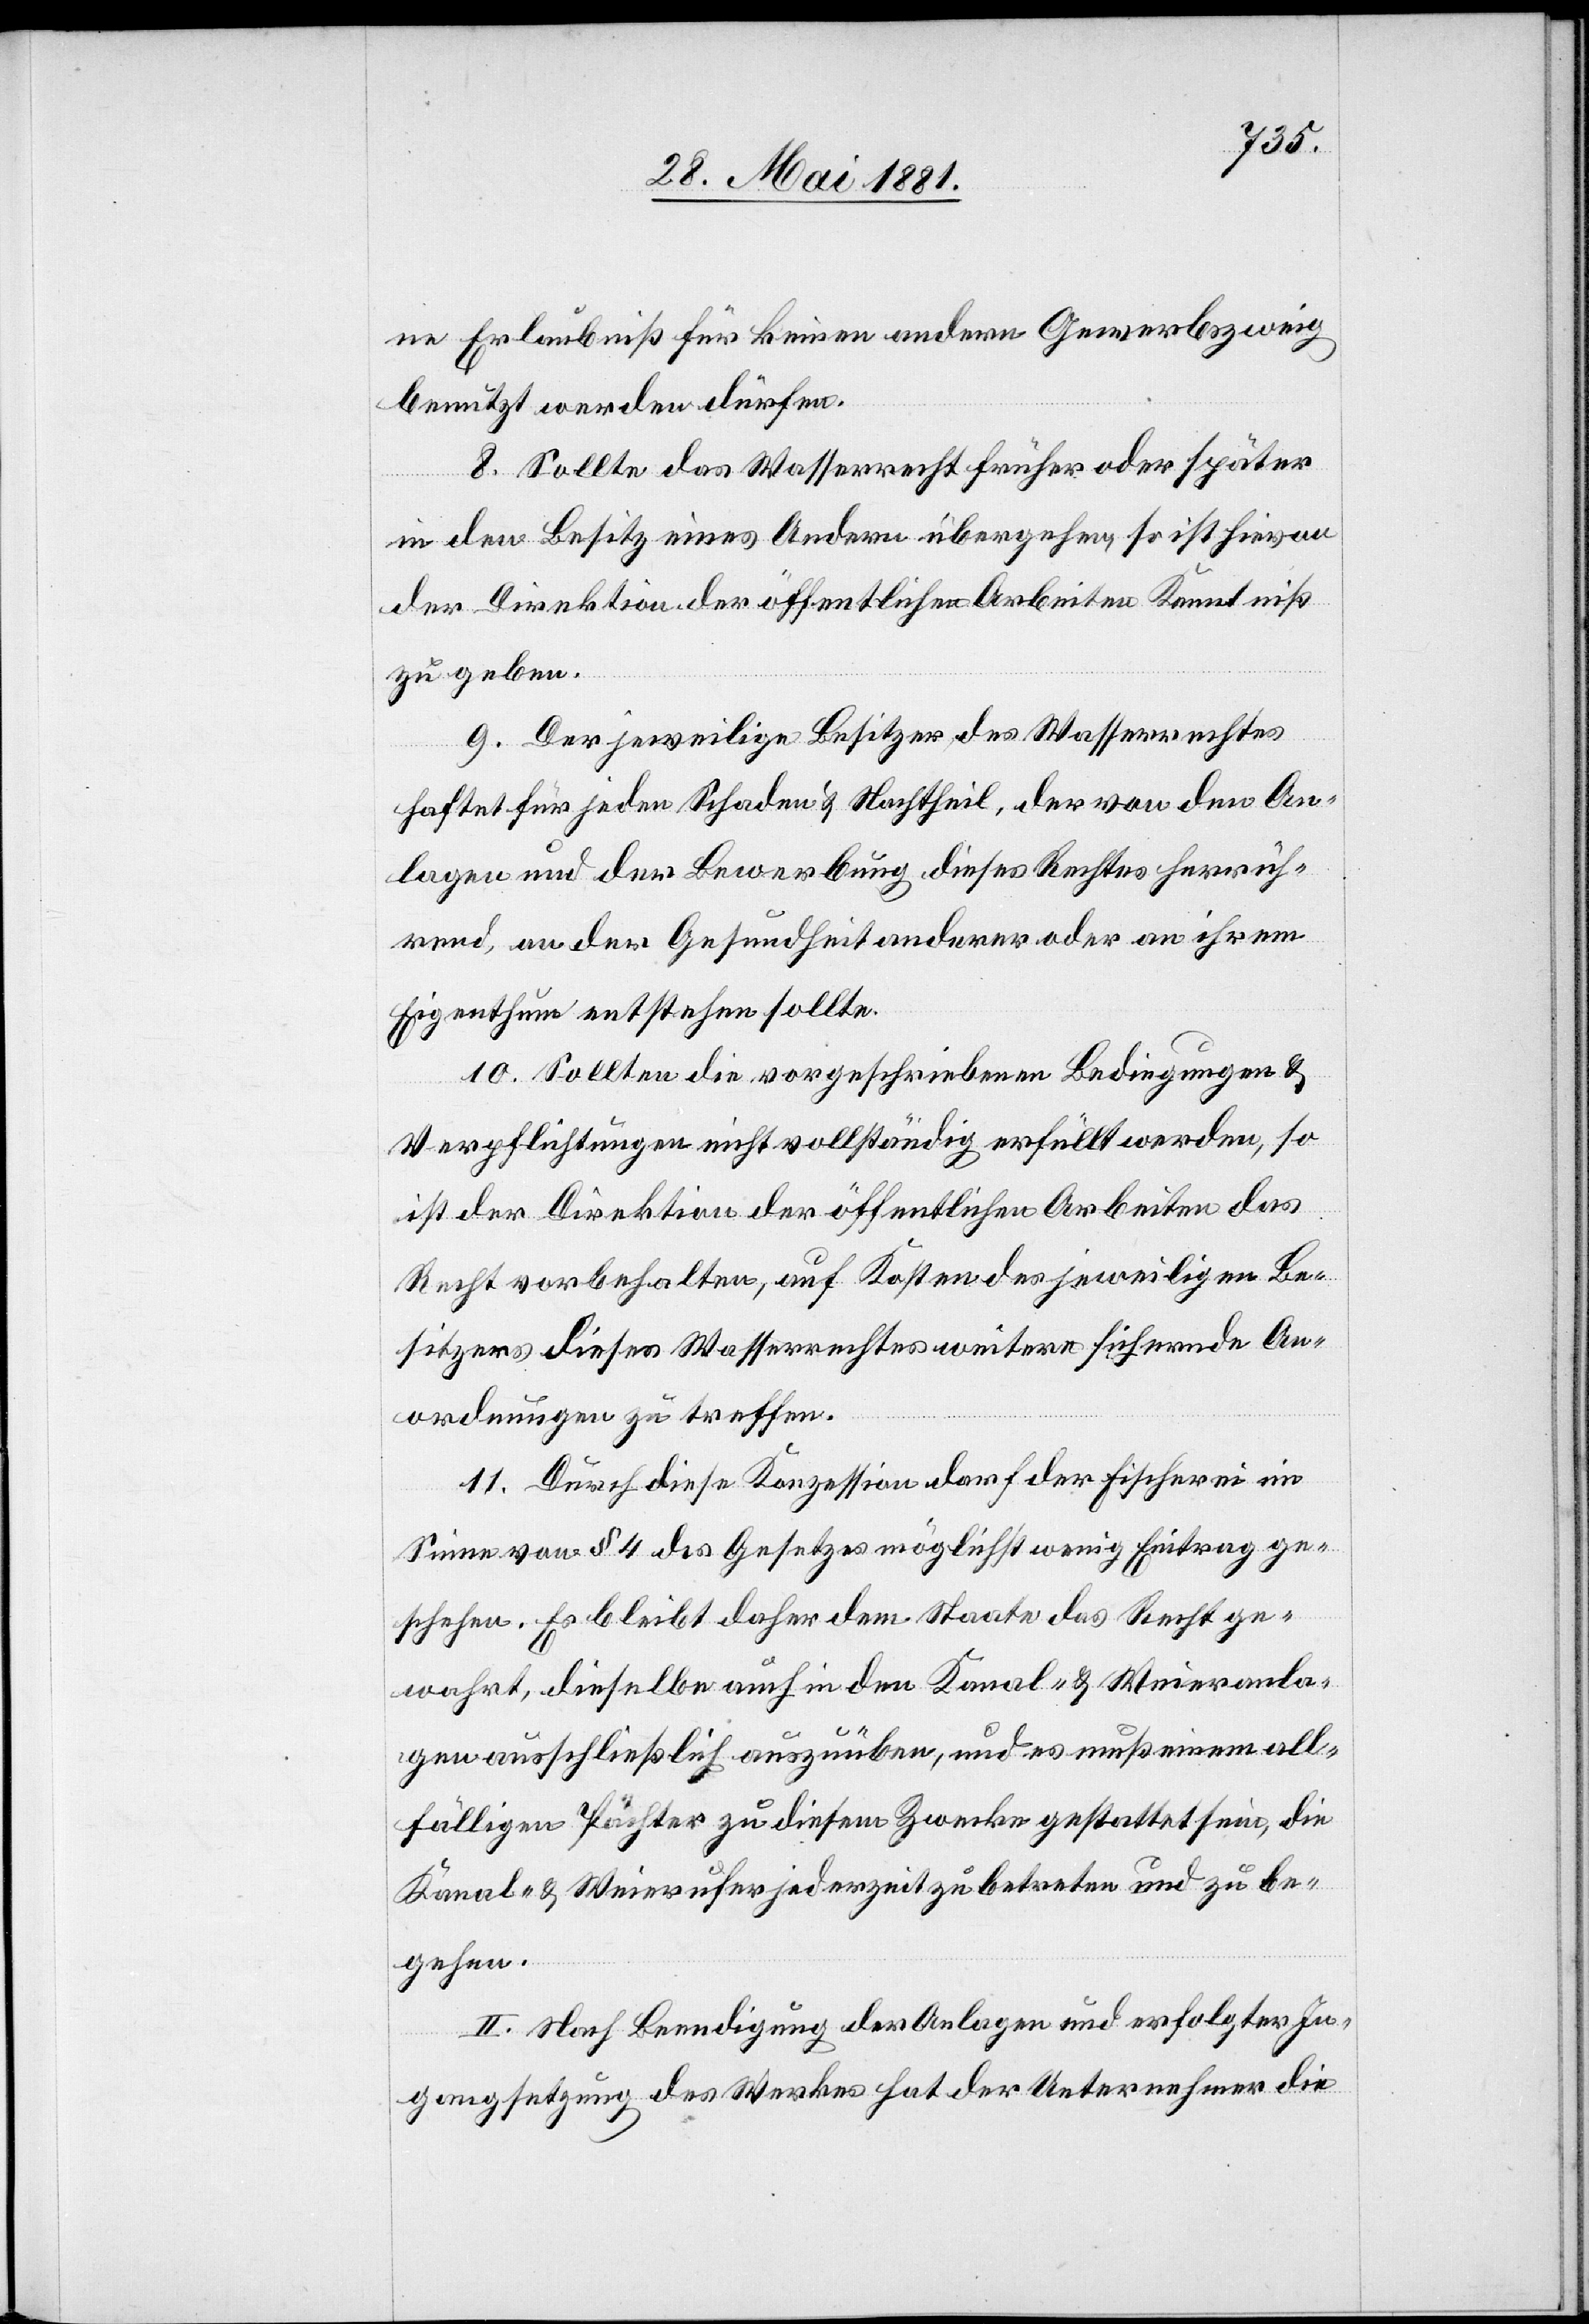
ne Erlaubniß für keinen andern Gewerbezweig
benutzt werden dürfen.
8. Sollte das Wasserrecht früher oder später
in den Besitz eines Andern übergehen, so ist hievon
der Direktion der öffentlichen Arbeiten Kenntniß
zu geben.
9. Der jeweilige Besitzer des Wasserrechtes
haftet für jeden Schaden & Nachtheil, der von den An¬
lagen und der Bewerbung dieses Rechtes herrüh¬
rend, an der Gesundheit anderer oder an ihrem
Eigenthum entstehen sollte.
10. Sollten die vorgeschriebenen Bedingungen &
Verpflichtungen nicht vollständig erfüllt werden, so
ist der Direktion der öffentlichen Arbeiten das
Recht vorbehalten, auf Kosten des jeweiligen Be¬
sitzers dieses Wasserrechtes weitere sichernde An¬
ordnungen zu treffen.
11. Durch diese Konzession darf der Fischerei im
Sinne von § 4 des Gesetzes möglichst wenig Eintrag ge¬
schehen. Es bleibt daher dem Staate das Recht ge¬
wahrt, dieselbe auch in den Kanal- & Weieranla¬
gen ausschließlich auszuüben, und es muß einem all¬
fälligen Pächter zu diesem Zwecke gestattet sein, die
Kanal- & Wiederufer jederzeit zu betreten und zu be¬
gehen.
II. Nach Beendigung der Anlage und erfolgter In¬
gangsetzung des Werkes hat der Unternehmer die